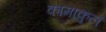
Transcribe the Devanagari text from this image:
कामाकुलं